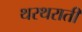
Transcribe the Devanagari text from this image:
थरथराती